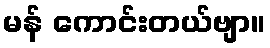
မန် ကောင်းတယ်ဗျာ။